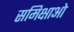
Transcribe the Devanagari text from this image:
समिक्षाओ